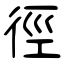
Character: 徑